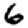
Digit: 6